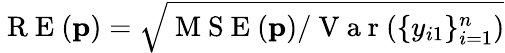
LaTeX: \mathrm{~R~E~}(\mathbf{p})=\sqrt{\mathrm{~M~S~E~}(\mathbf{p})/\mathrm{~V~a~r~}(\{ y_{i1}\} _{i=1}^{n})}